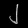
Digit: ၂